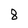
Character: 8